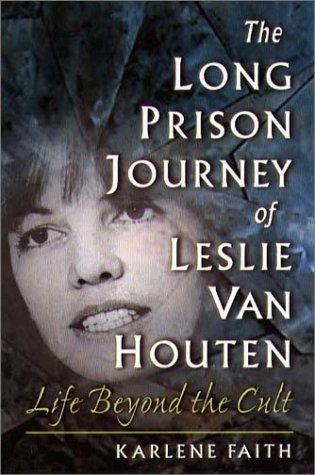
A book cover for The Long Prison Journey of Leslie van Houten: Life Beyond the Cult (Northeastern Series on Gender, Crime, and Law); Karlene Faith; Law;